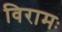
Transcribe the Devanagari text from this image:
विरामः